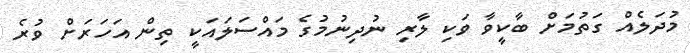
މުދަލެއް ގަތުމަށް ބާކީވާ ވަކި ލާރި ނުދިނުމުގެ މައްސަލައަކީ ތިން އަހަރަށް ވުރެ